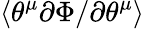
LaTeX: \langle\theta^{\mu}\partial\Phi/\partial\theta^{\mu}\rangle